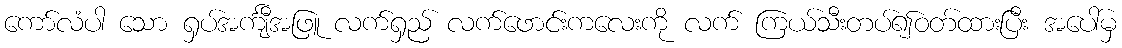
ကော်လံပါ သော ရှပ်အင်္ကျီအဖြူ လက်ရှည် လက်ဖောင်းကလေးကို လက် ကြယ်သီးတပ်၍ဝတ်ထားပြီး အပေါ်မှ